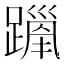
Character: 𫏦